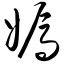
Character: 嫣